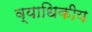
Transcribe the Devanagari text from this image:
व्याधिकीय